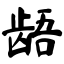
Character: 龉